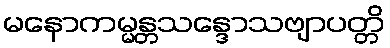
မနောကမ္မန္တသန္ဒောသဗျာပတ္တိ